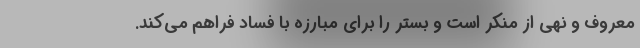
معروف و نهی از منکر است و بستر را برای مبارزه با فساد فراهم می‌کند.